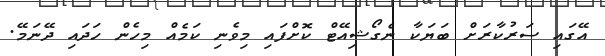
އޭގައި ސަރުކާރަށް ބަޔަކާ ނެގޯޝިއޭޓް ކޮށްފައި މިވެނި ކަމެއް މިހެން ހަދައި ދޭނަމޭ.